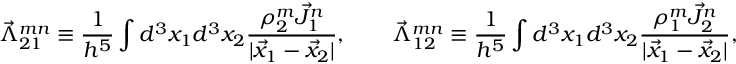
\vec { \Lambda } _ { 2 1 } ^ { m n } \equiv \frac { 1 } { h ^ { 5 } } \int d ^ { 3 } x _ { 1 } d ^ { 3 } x _ { 2 } \frac { \rho _ { 2 } ^ { m } \vec { J } _ { 1 } ^ { n } } { | \vec { x } _ { 1 } - \vec { x } _ { 2 } | } , \qquad \vec { \Lambda } _ { 1 2 } ^ { m n } \equiv \frac { 1 } { h ^ { 5 } } \int d ^ { 3 } x _ { 1 } d ^ { 3 } x _ { 2 } \frac { \rho _ { 1 } ^ { m } \vec { J } _ { 2 } ^ { n } } { | \vec { x } _ { 1 } - \vec { x } _ { 2 } | } ,